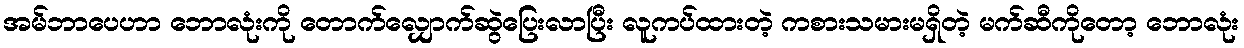
အမ်ဘာပေဟာ ဘောလုံးကို တောက်လျှောက်ဆွဲပြေးလာပြီး လူကပ်ထားတဲ့ ကစားသမားမရှိတဲ့ မက်ဆီကိုတော့ ဘောလုံး